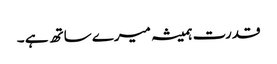
قدرت ہمیشہ میرے ساتھ ہے ۔